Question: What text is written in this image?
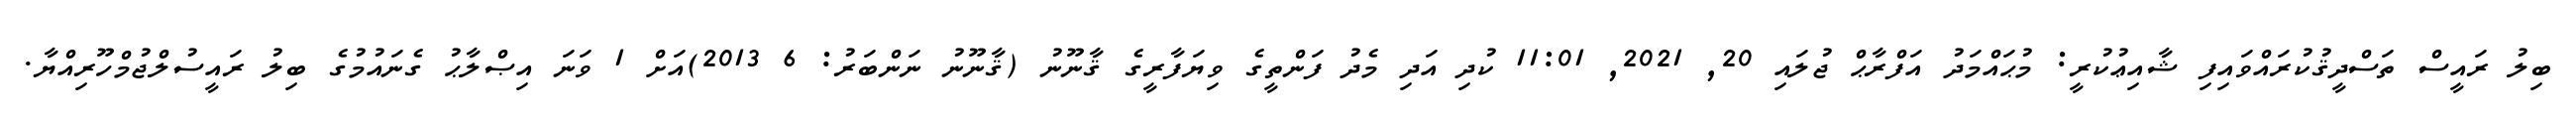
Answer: ބިލު ރައީސް ތަސްދީޤުކުރައްވައިފި ޝާއިޢުކުރީ: މުޙައްމަދު އަފްރާޙް ޖުލައި 20, 2021, 11:01 ކުދި އަދި މެދު ފަންތީގެ ވިޔަފާރީގެ ޤާނޫނު (ޤާނޫނު ނަންބަރު: 6 2013)އަށް 1 ވަނަ އިޞްލާޙު ގެނައުމުގެ ބިލު ރައީސުލްޖުމްހޫރިއްޔާ.